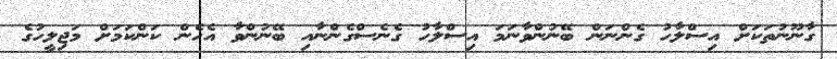
ގާނޫނުތަކަށް އިސްލާހު ގެންނަން ބޭނުންވާނަމަ އިސްލާހު ގެނެސްގެންނާއި ބޭނުންވާ އެހެން ކަންކަމަށް މަޖިލީހުގެ